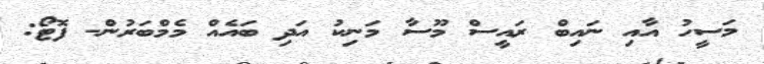
މަސީހު އާއި ނައިބް ރައީސް މޫސާ މަނިކު އަދި ބައެއް މެމްބަރުން- ފޮޓޯ: